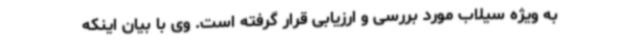
به ویژه سیلاب مورد بررسی و ارزیابی قرار گرفته است. وی با بیان اینکه